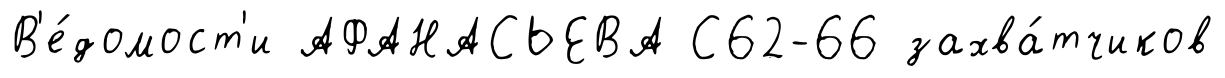
В'е́домост'и АФАНАСЬЕВА С62-66 захва́тчиков